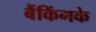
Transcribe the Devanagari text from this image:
बैंकिंगके